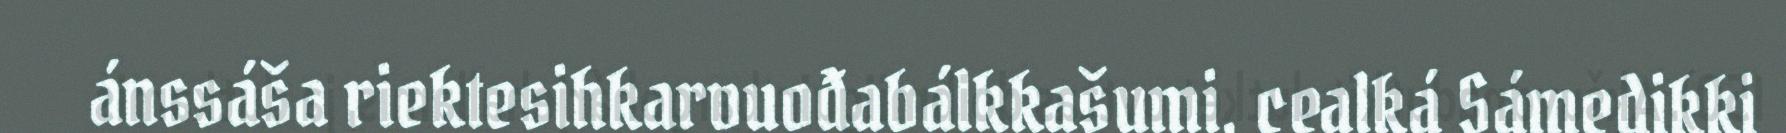
ánssáša riektesihkarvuođabálkkašumi, cealká Sámedikki